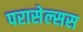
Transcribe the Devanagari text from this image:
परासेल्सस